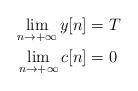
LaTeX: \begin{align*}\lim_{n\rightarrow +\infty} y[n] &= T \\\lim_{n\rightarrow +\infty} c[n] &= 0 \end{align*}